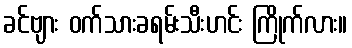
ခင်ဗျား ဝက်သားခရမ်းသီးဟင်း ကြိုက်လား။